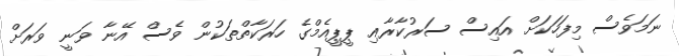
ނަމަވެސް މިފަހަކަށް އައިސް ސަރުކާރާއި ޕީޕީއެމްގެ ހަރަކާތްތަކުން ވެސް އޭނާ ވަނީ ވަރަށް